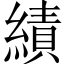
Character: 績